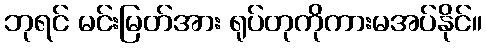
ဘုရင် မင်းမြတ်အား ရုပ်တုကိုကားမအပ်နိုင်။